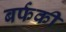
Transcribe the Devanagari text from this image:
बर्फकी